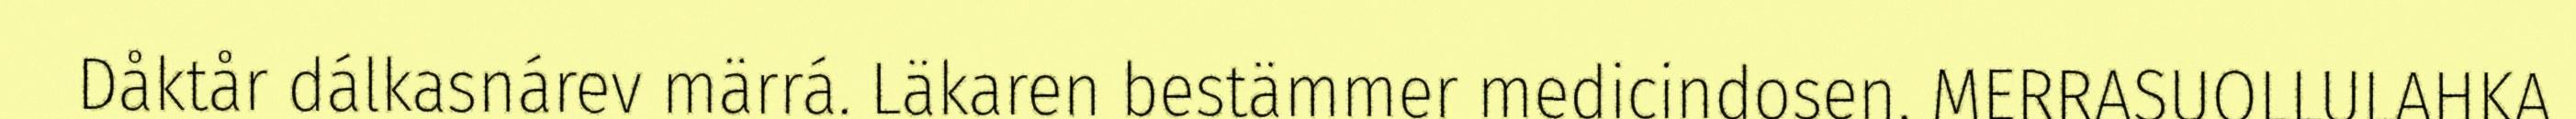
Dåktår dálkasnárev märrá. Läkaren bestämmer medicindosen. MERRASUOLLULAHKA